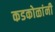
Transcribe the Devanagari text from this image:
कडकोळांनी